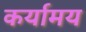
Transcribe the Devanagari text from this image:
कर्यामय